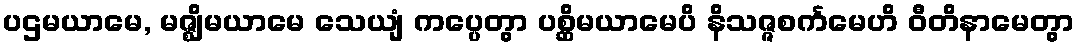
ပဌမယာမေ, မဇ္ဈိမယာမေ သေယျံ ကပ္ပေတွာ ပစ္ဆိမယာမေပိ နိသဇ္ဇစင်္ကမေဟိ ဝီတိနာမေတွာ